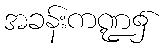
အခန်းကဏ္ဍ၌